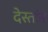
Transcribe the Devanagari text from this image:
देस्तांन